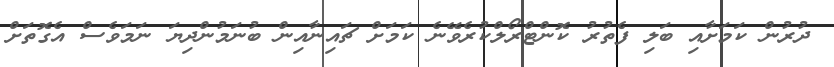
ދުރުން ކަމަށާއި ބަލި ފެތުރު ކޮންޓްރޯލްކުރެވޭނެ ކަމަށް ޗައިނާއިން ބުނަމުންދިޔަ ނަމަވެސް އެގޮތަށް